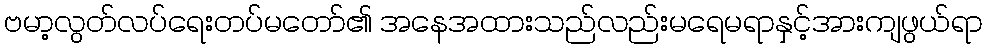
ဗမာ့လွတ်လပ်ရေးတပ်မတော်၏ အနေအထားသည်လည်းမရေမရာနှင့်အားကျဖွယ်ရာ